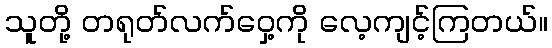
သူတို့ တရုတ်လက်ဝှေ့ကို လေ့ကျင့်ကြတယ်။